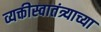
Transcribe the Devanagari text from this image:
व्यक्तीस्वातंत्र्याच्या